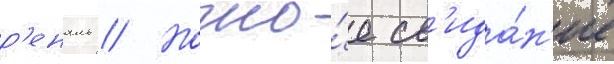
р'еналь // Ночно́е св'ида́н'ие